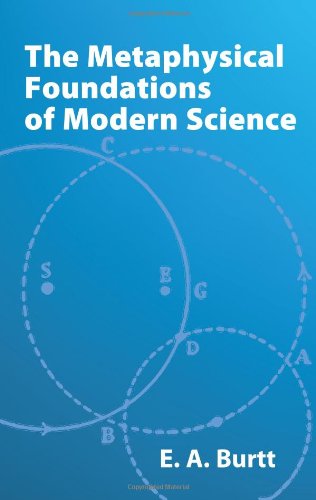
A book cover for The Metaphysical Foundations of Modern Science; E. A. Burtt; Science & Math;